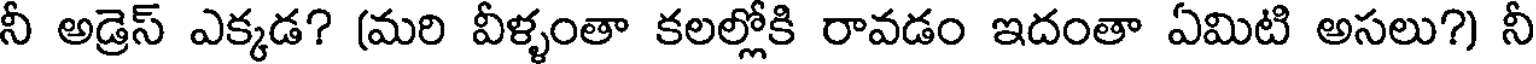
నీ అడ్రెస్ ఎక్కడ? (మరి వీళ్ళంతా కలల్లోకి రావడం ఇదంతా ఏమిటి అసలు?) నీ